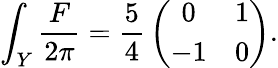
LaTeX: {\int_{Y}{\frac{F}{2\pi}}={\frac{5}{4}}\left(\begin{array}{cc}{{0}}&{{1}}\\ {{-1}}&{{0}}\end{array}\right).}